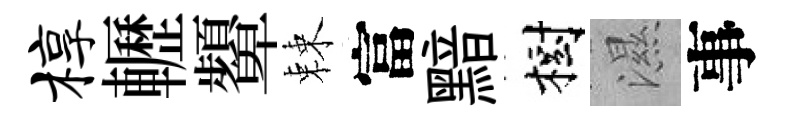
椁轣顰棘富黯樹濕事